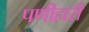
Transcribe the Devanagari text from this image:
पणीहारी